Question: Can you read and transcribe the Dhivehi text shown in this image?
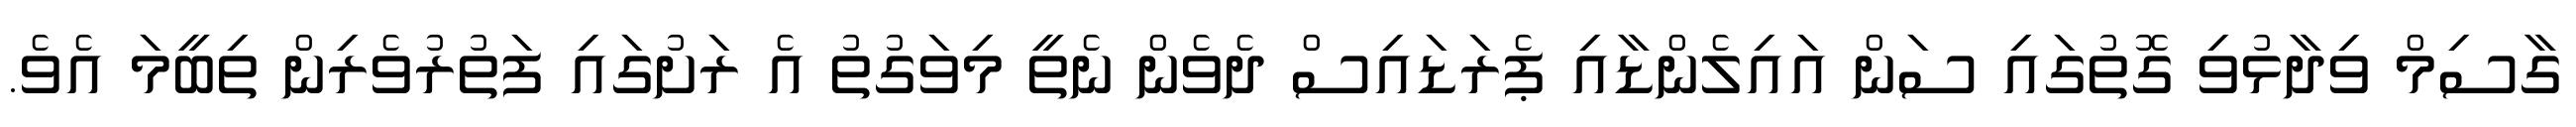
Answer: ގާސިމް ވިދާޅުވި ގޮތުގައި ސަން އައިލެންޑާއި ޕެރަޑައިސް ދެވެން ނެތީ މިވަގުތު އެ ރަށުގައި ފަތުރުވެރިން ތިބީމަ އެވެ.